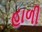
હાળી